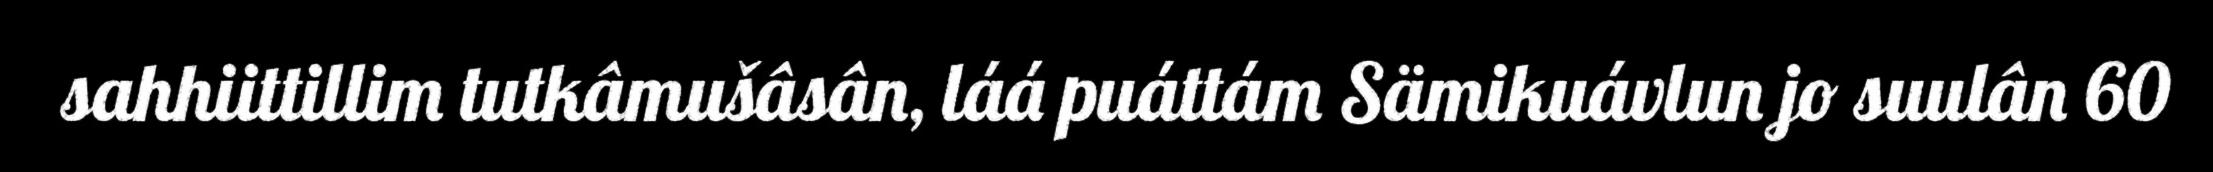
sahhiittillim tutkâmušâsân, láá puáttám Sämikuávlun jo suulân 60